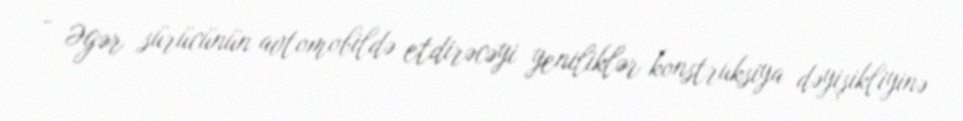
- Əgər sürücünün avtomobildə etdirəcəyi yeniliklər konstruksiya dəyişikliyinə